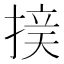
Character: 𱠝